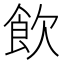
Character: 飲